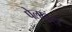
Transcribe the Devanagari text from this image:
पेलाइस